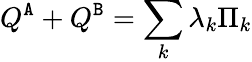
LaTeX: Q^{\tt A}+Q^{\tt B}=\sum_{k}\lambda_{k}\Pi_{k}